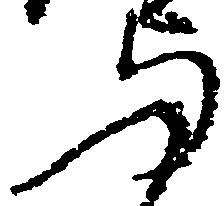
与